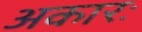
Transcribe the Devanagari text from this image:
अकारः